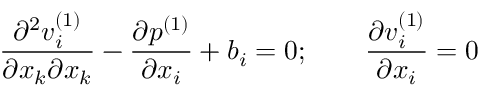
\frac { \partial ^ { 2 } v _ { i } ^ { ( 1 ) } } { \partial x _ { k } \partial x _ { k } } - \frac { \partial p ^ { ( 1 ) } } { \partial x _ { i } } + b _ { i } = 0 ; \qquad \frac { \partial v _ { i } ^ { ( 1 ) } } { \partial x _ { i } } = 0